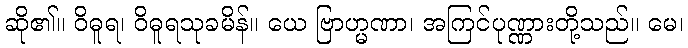
ဆို၏။ ဝိဓူရ၊ ဝိဓူရသုခမိန်။ ယေ ဗြာဟ္မဏာ၊ အကြင်ပုဏ္ဏားတို့သည်။ မေ၊